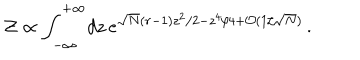
{ \cal Z } \propto \int _ { - \infty } ^ { + \infty } \! d z \, e ^ { \sqrt { N } ( r - 1 ) z ^ { 2 } / 2 - z ^ { 4 } / 4 + { \cal O } ( 1 / \sqrt { N } ) } \, .